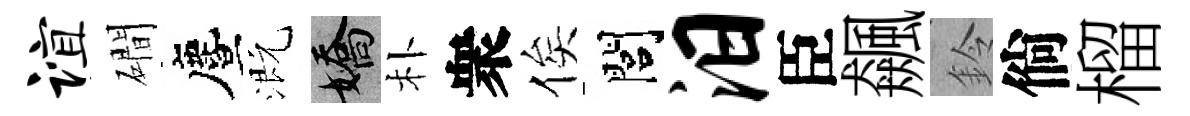
谊磵󵨌溉嬌朴衆俟閭汨臣飆鈴倘榴